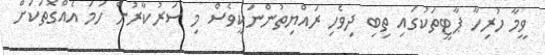
ވީމާ ހުރިހާ ޕާޓީތަކުގައި ތިބި ދިވެހި ރައްޔިތުންނަކީވެސް މި ސަރުކާރުން ހަމަ އެއްގޮތަކަށް